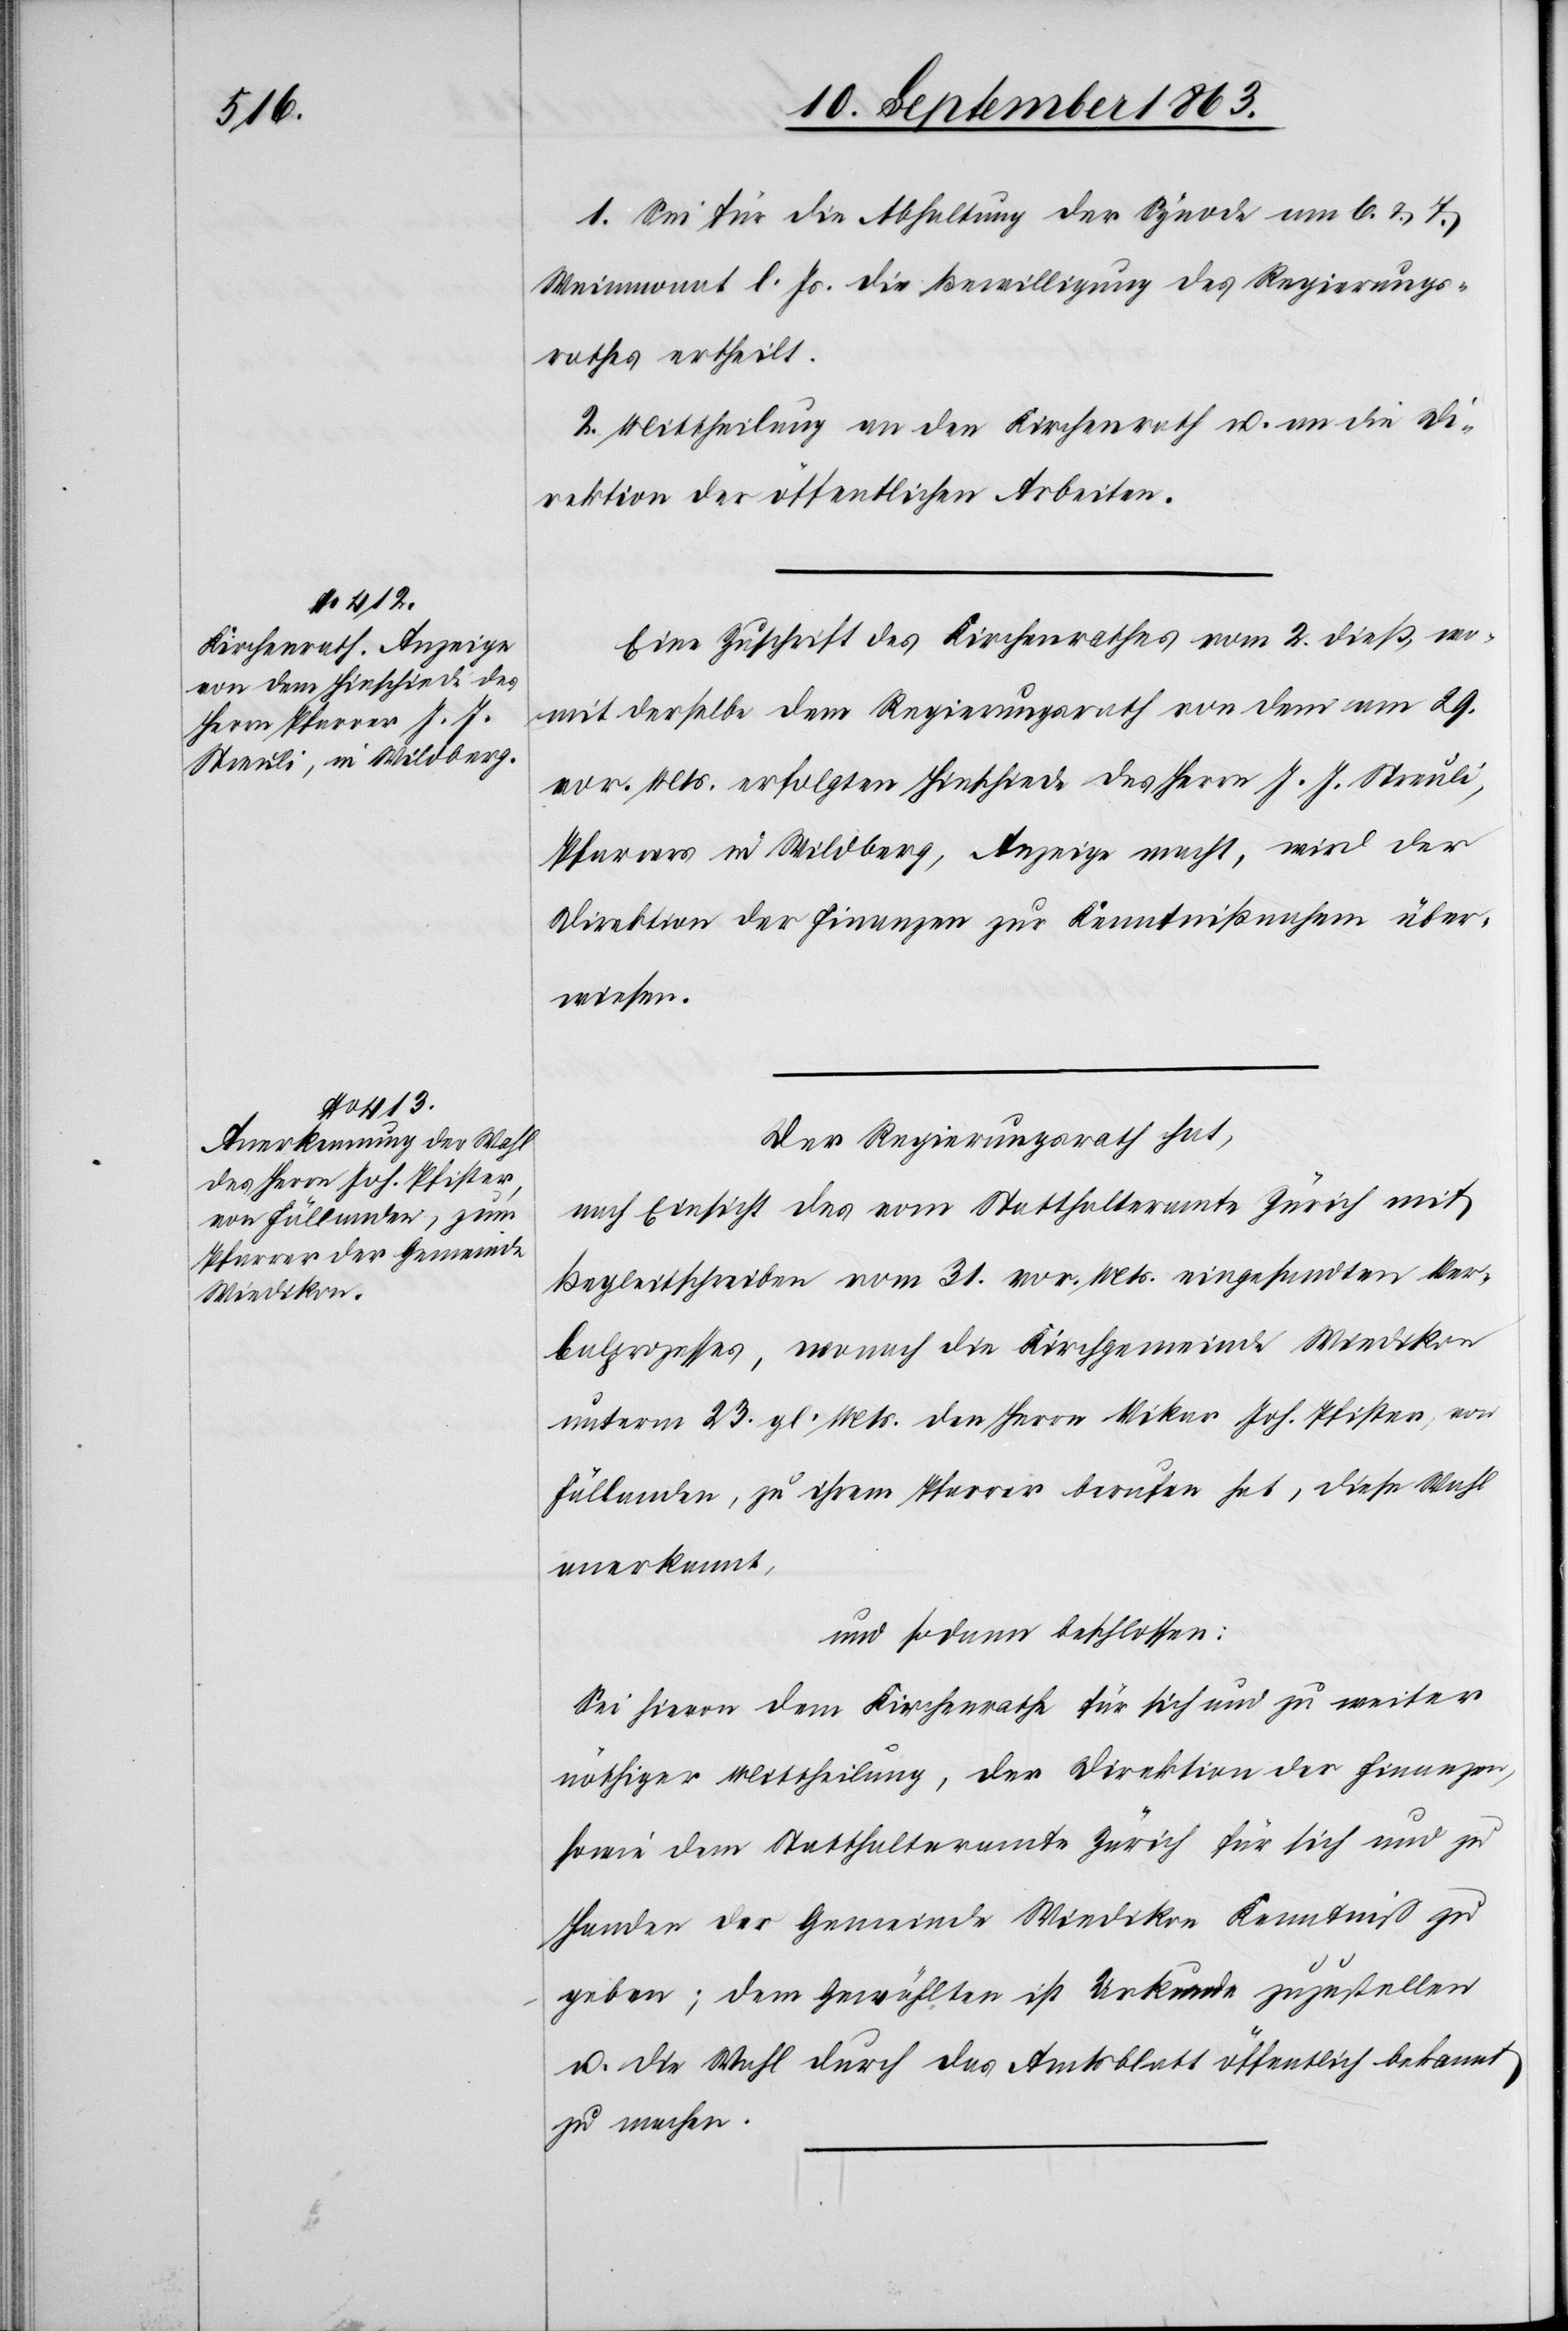
1. Sei für die Abhaltung der Synode am 6. & 7.
Weinmonat l. Js. die Bewilligung des Regierungs¬
rathes ertheilt.
2. Mittheilung an den Kirchenrath u. an die Di¬
rektion der öffentlichen Arbeiten.
Eine Zuschrift des Kirchenrathes vom 2. dieß, wo¬
mit derselbe dem Regierungsrath von dem am 29.
vor. Mts. erfolgten Hinschiede des Herrn J. J. Streuli,
Pfarrers in Wildberg, Anzeige macht, wird der
Direktion der Finanzen zur Kenntnißnahme über¬
wiesen.
Der Regierungsrath hat,
nach Einsicht des vom Statthalteramte Zürich mit
Begleitschreiben vom 31. vor. Mts. eingesandten Ver¬
balprozesses, wonach die Kirchgemeinde Wiedikon
unterm 23. gl. Mts. den Herrn Vikar Joh. Pfister, von
Fällanden, zu ihrem Pfarrer berufen hat, diese Wahl
anerkannt,
und sodann beschlossen:
Sei hievon dem Kirchenrathe für sich und zu weiter
nöthiger Mittheilung, der Direktion der Finanzen,
sowie dem Statthalteramte Zürich für sich und zu
Handen der Gemeinde Wiedikon Kenntniß zu
geben; dem Gewählten ist Urkunde zuzustellen
u. die Wahl durch das Amtsblatt öffentlich bekannt
zu machen.